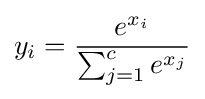
y_{i}={\frac {e^{x_{i}}}{\sum _{j=1}^{c}e^{x_{j}}}}